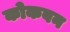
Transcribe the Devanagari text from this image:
कोकबन